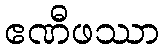
ဧဏီဖဿာ